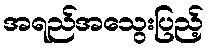
အရည်အသွေးပြည့်